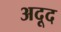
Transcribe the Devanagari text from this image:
अदूद